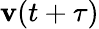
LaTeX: \mathbf{v}(t+\tau)